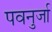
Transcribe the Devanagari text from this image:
पवनुर्जा